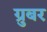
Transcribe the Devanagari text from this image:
ग्रुबर